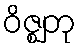
ဝိဇ္ဈတု